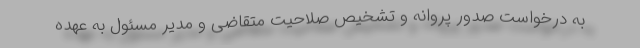
به درخواست صدور پروانه و تشخیص صلاحیت متقاضی و مدیر مسئول به عهده